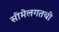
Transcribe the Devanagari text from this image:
सीमेलगतची